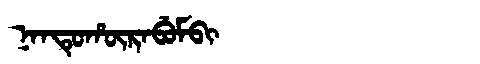
Manchu: ᠨᠠᠨᡨᡠᡥᡡᡵᠠᠪᡠᠮᠪᡳ
Romanization: NANTUHŪRABUMBI